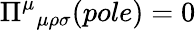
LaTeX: \Pi^{\mu}{}_{\mu\rho\sigma}(pole)=0